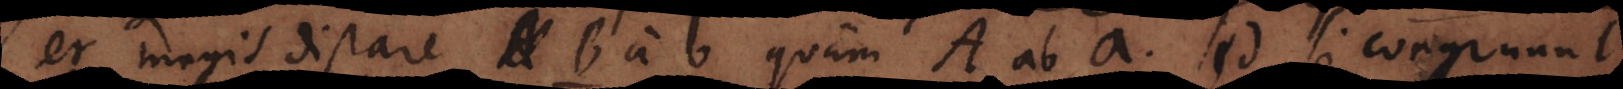
et magis distare B a b quam A ab a. Sed si